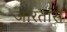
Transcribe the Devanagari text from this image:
जारतांस